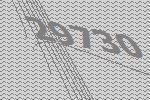
29730